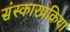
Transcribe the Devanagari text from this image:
संस्कारप्रक्रिया